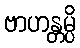
ဗာဟန္တမ္ပိ